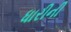
ધારીની